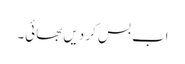
اب بس کر دیں بھائی۔